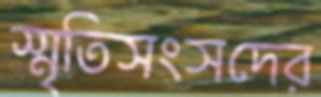
স্মৃতিসংসদের